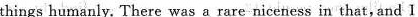
things humanly. There was a rare niceness in that,and I